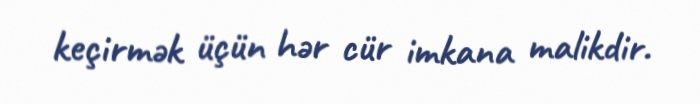
keçirmək üçün hər cür imkana malikdir.